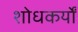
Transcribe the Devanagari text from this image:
शोधकर्यों